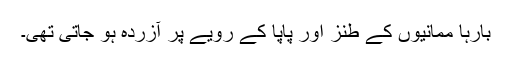
بارہا ممانیوں کے طنز اور پاپا کے رویے پر آزردہ ہو جاتی تھی۔